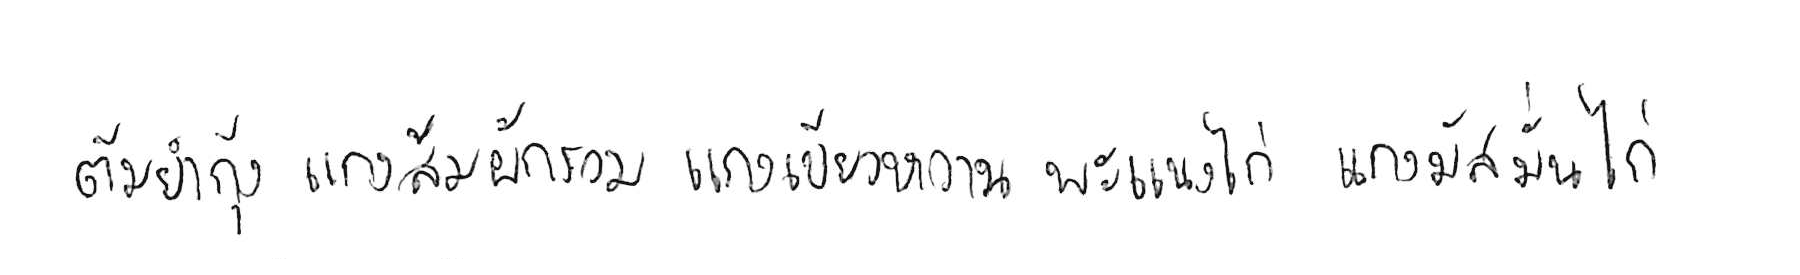
ต้มยำกุ้ง แกงส้มผักรวม แกงเขียวหวาน พะแนงไก่ แกงมัสมั่นไก่